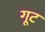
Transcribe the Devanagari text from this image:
गूट